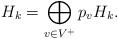
LaTeX: \begin{align*} H_k=\bigoplus_{v\in V^+} p_vH_k.\end{align*}